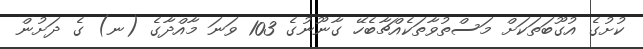
ކުށުގެ އުގޫބަތަކަށް މަސްތުވާތަކެއްޗާބެހޭ ގާނޫނުގެ 103 ވަނަ މާއްދާގެ (ނ) ގެ ދަށުން